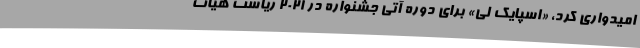
امیدواری کرد، «اسپایک لی» برای دوره آتی جشنواره در 2021 ریاست هیات